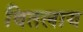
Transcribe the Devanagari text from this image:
वितलाय